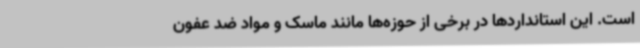
است. این استانداردها در برخی از حوزه‌ها مانند ماسک و مواد ضد عفون